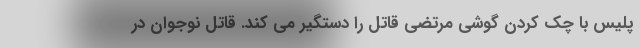
پلیس با چک کردن گوشی مرتضی قاتل را دستگیر می کند. قاتل نوجوان در